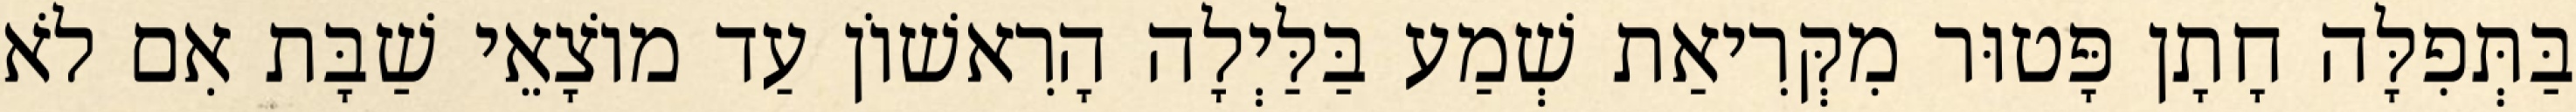
בַּתְּפִלָּה חָתָן פָּטוּר מִקְּרִיאַת שְׁמַע בַּלַּיְלָה הָרִאשׁוֹן עַד מוֹצָאֵי שַׁבָּת אִם לֹא